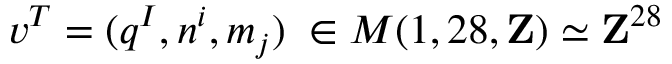
v ^ { T } = ( q ^ { I } , n ^ { i } , m _ { j } ) \; \in M ( 1 , 2 8 , { \bf Z } ) \simeq { \bf Z } ^ { 2 8 }